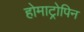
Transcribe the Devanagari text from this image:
होमाट्रोपिन